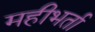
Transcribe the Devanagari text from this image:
महीभर्ता